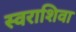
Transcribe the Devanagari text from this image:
स्वराशिवा